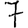
Digit: 7